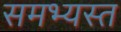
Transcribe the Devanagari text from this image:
समभ्यस्त